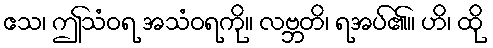
ဧသ၊ ဤသံဝရ အသံဝရကို။ လဗ္ဘတိ၊ ရအပ်၏။ ဟိ၊ ထို